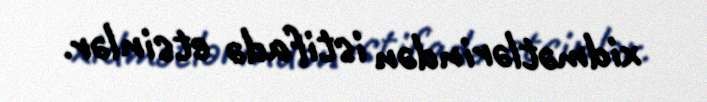
xidmətlərindən istifadə etsinlər.